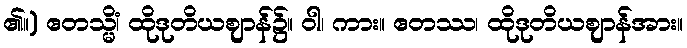
၏။) ဧတသ္မိံ၊ ထိုဒုတိယဈာန်၌။ ဝါ၊ ကား။ ဧတဿ၊ ထိုဒုတိယဈာန်အား။